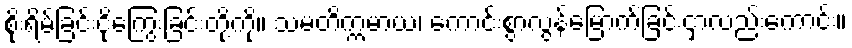
စိုးရိမ်ခြင်းငိုကြွေးခြင်းတို့ကို။ သမတိက္ကမာယ၊ ကောင်းစွာလွန်မြောက်ခြင်းငှာလည်းကောင်း။